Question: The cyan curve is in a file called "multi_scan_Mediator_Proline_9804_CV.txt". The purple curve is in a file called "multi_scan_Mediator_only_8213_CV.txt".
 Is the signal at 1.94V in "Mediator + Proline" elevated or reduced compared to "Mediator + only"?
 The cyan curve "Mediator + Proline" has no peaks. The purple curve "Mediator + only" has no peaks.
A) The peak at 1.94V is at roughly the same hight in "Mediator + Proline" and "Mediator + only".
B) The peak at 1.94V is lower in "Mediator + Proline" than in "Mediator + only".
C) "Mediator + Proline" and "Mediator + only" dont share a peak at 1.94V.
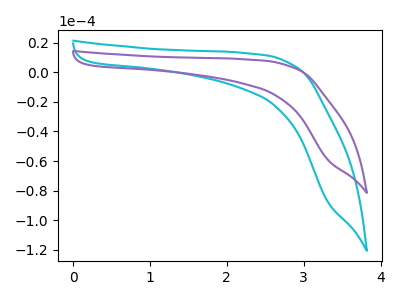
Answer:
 <answer>C) "Mediator + Proline" and "Mediator + only" dont share a peak at 1.94V.</answer>
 <eval>C</eval>